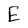
Character: E